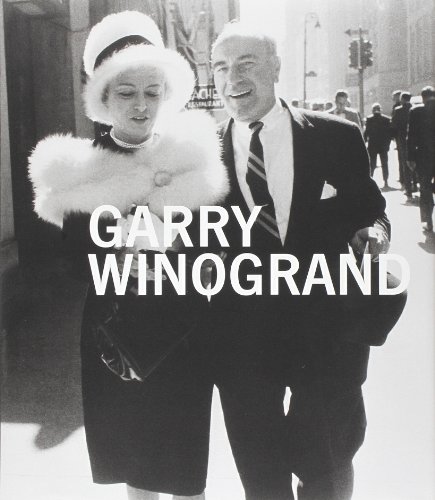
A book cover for Garry Winogrand (Metropolitan Museum, New York: Exhibition Catalogues); Leo Rubinfien; Arts & Photography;